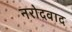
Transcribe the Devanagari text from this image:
नरोदवाद